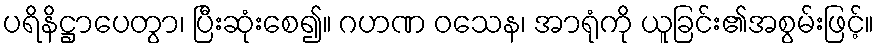
ပရိနိဋ္ဌာပေတွာ၊ ပြီးဆုံးစေ၍။ ဂဟဏ ဝသေန၊ အာရုံကို ယူခြင်း၏အစွမ်းဖြင့်။